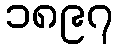
၁၈၉၇